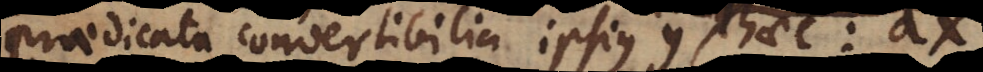
praedicata convertibilia ipsius y Ista